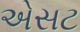
એસટ